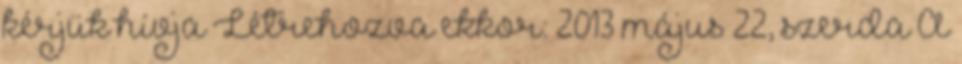
kérjük hívja Létrehozva ekkor: 2013 május 22, szerda A